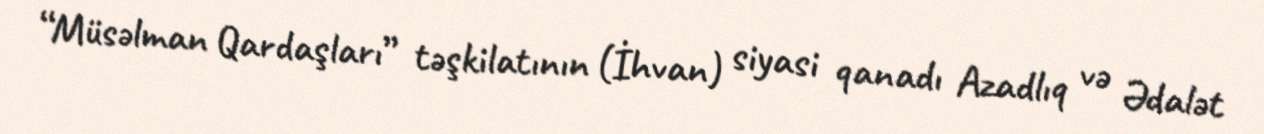
“Müsəlman Qardaşları” təşkilatının (İhvan) siyasi qanadı Azadlıq və Ədalət